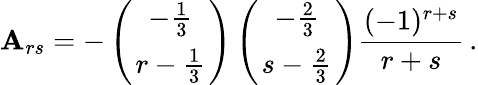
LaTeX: \mathbf{A}_{rs}=-\left({-{\frac{{1}}{{3}}}\atop{r-{\frac{{1}}{{3}}}}}\right)\left({-{\frac{{2}}{{3}}}\atop{s-{\frac{{2}}{{3}}}}}\right){\frac{{(-1)^{r+s}}}{{r+s}}}\, .